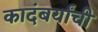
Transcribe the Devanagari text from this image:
कादंबर्यांची